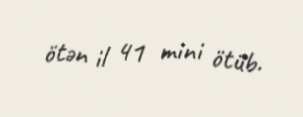
ötən il 41 mini ötüb.